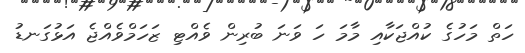
ހަތް މަހުގެ ކުއްޖަކާއި މާމަ ހަ ވަނަ ބުރިން ވެއްޓި ޒަހަމްވެއްޖެ އަޅުގަނޑު